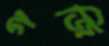
গজি